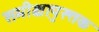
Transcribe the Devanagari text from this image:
समीक्षापुस्त्तक